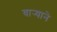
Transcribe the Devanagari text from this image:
वार्‍याने